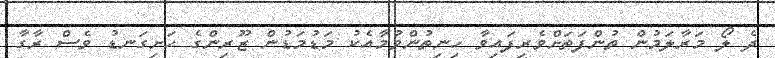
ދެ ލޯ މަރާލަމުން ތުންފަތަށްވެރިފައިވާ ހިނިތުންވުމާއެކު މަޑުމަޑުން ޒޫރިންގެ ހަށިގަނޑު ވެސް ރާގާ